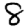
Digit: 8